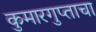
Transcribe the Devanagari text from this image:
कुमारगुप्ताचा